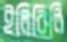
ইলিবিলি